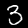
Label: 3